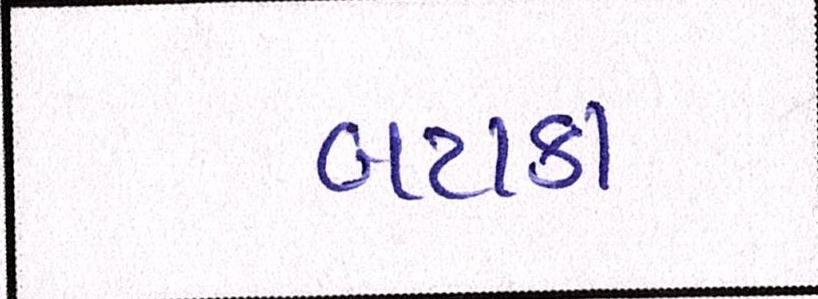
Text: બટાકા